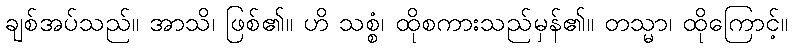
ချစ်အပ်သည်။ အာသိ၊ ဖြစ်၏။ ဟိ သစ္စံ၊ ထိုစကားသည်မှန်၏။ တသ္မာ၊ ထိုကြောင့်။